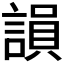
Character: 𧪼